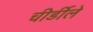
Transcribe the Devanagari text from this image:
चीर्डीले